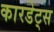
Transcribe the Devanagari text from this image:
कारडेट्स